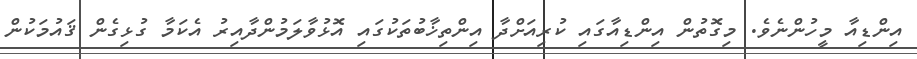
އިންޑިއާ މީހުންނެވެ. މިގޮތުން އިންޑިއާގައި ކުރިއަށްދާ އިންތިޚާބުތަކުގައި އޮޅުވާލަމުންދާއިރު އެކަމާ ގުޅިގެން ޤައުމަކުން